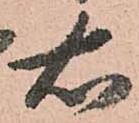
右